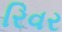
રિવર